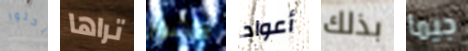
بحثوا تراها قشور أعواد بذلك جيما